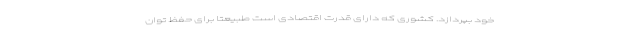
خود بپردازد. کشوری که دارای قدرت اقتصادی است طبیعتا برای حفظ توان